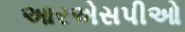
આરએસપીઓ